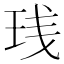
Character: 𬍙